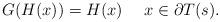
LaTeX: \begin{align*}G(H(x))=H(x)\quad\ x\in\partial T(s). \end{align*}